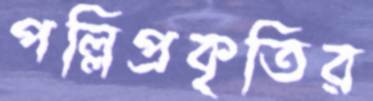
পল্লিপ্রকৃতির